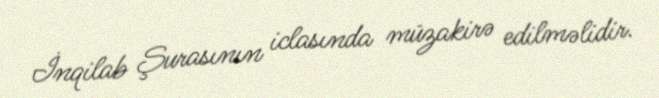
İnqilab Şurasının iclasında müzakirə edilməlidir.